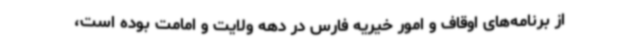
از برنامه‌های اوقاف و امور خیریه فارس در دهه ولایت و امامت بوده است،